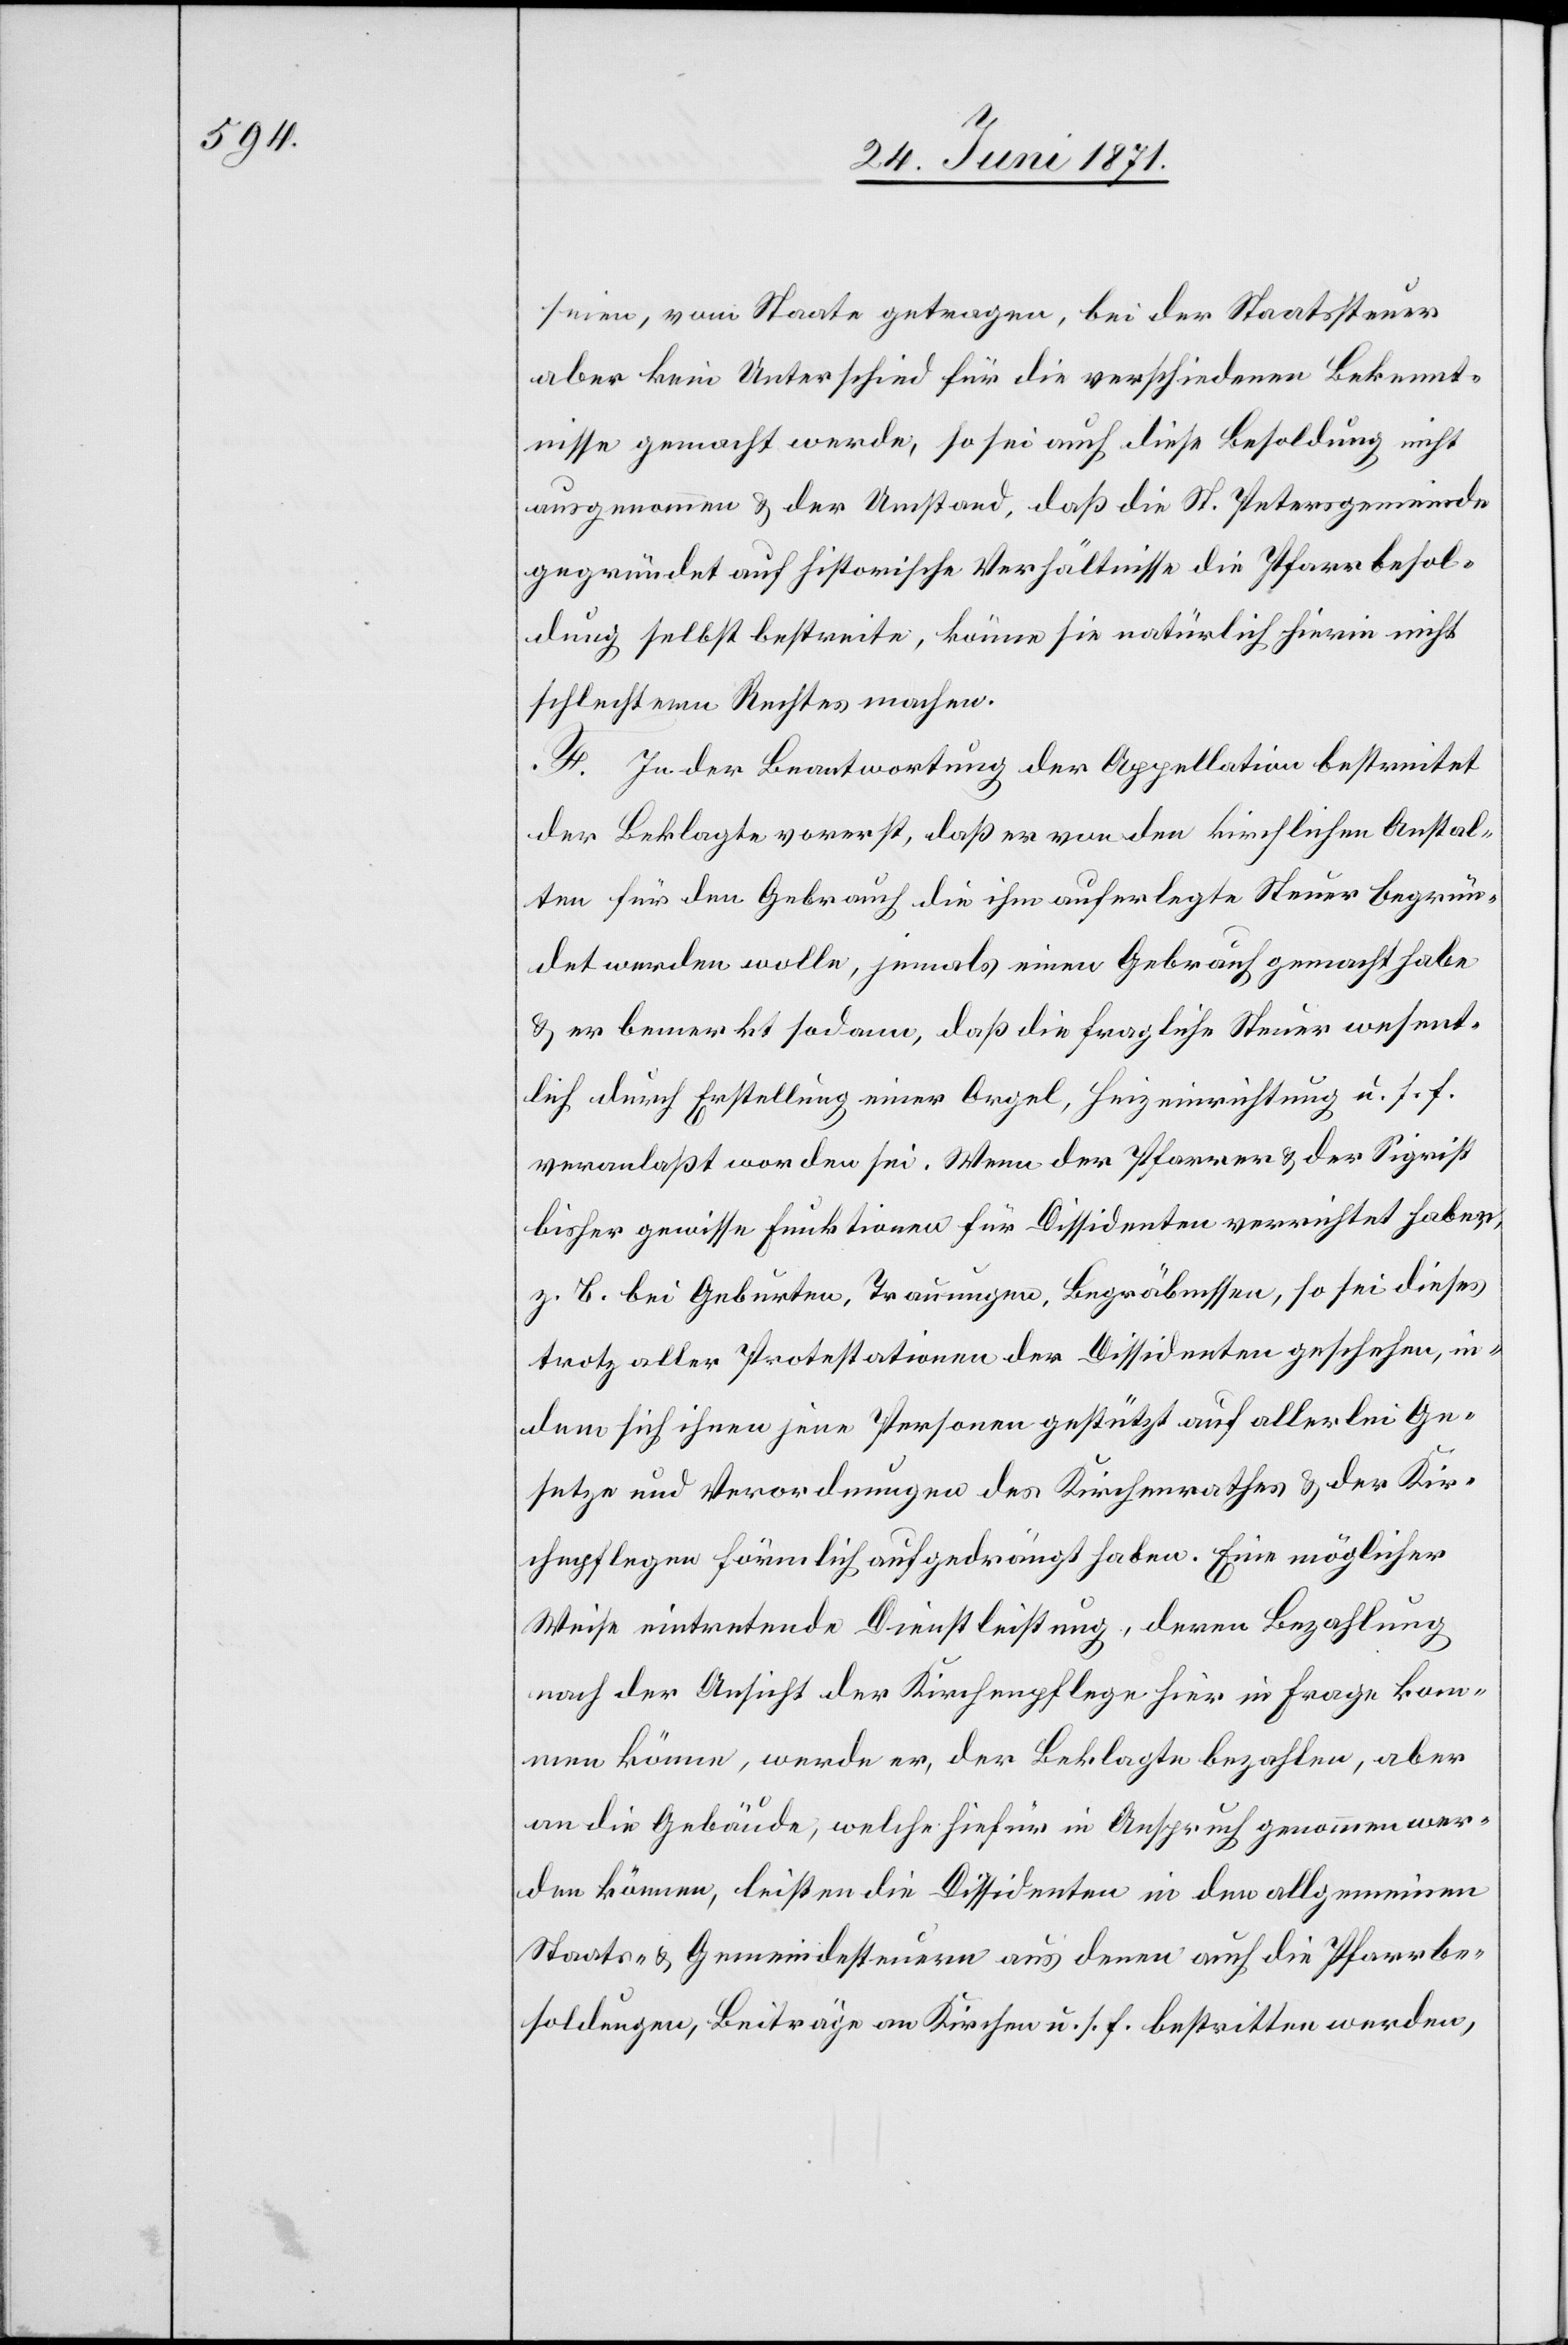
seien, vom Staate getragen, bei der Staatssteuer
aber kein Unterschied für die verschiedenen Bekennt¬
nisse gemacht werde, so sei auch diese Besoldung nicht
ausgenommen u. der Umstand, daß die St. Petersgemeinde
gegründet auf historische Verhältnisse die Pfarrbesol¬
dung selbst bestreite, könne sie natürlich hierin nicht
schlechterm Rechtes machen.
F. In der Beantwortung der Appellation bestreitet
der Beklagte vorerst, daß er von den kirchlichen Anstal¬
ten für den Gebrauch die ihm auferlegte Steuer begrün¬
det werden wolle, jemals einen Gebrauch gemacht habe
u. er bemerkt sodann, daß die fragliche Steuer wesent¬
lich durch Erstellung einer Orgel, Heizeinrichtung u. s. f.
veranlaßt worden sei. Wenn der Pfarrer u. der Sigrist
bisher gewisse Funktionen für Dissidenten verrichtet haben,
z. B. bei Geburten, Trauungen, Begräbnissen, so sei dieses
trotz aller Protestation der Dissidenten geschehen, in¬
dem sich ihnen jene Personen gestützt auf allerlei Ge¬
setze und Verordnungen des Kirchenrathes u. der Kir¬
chenpflegen förmlich aufgedrängt haben. Eine möglicher
Weise eintretende Dienstleistung, deren Bezahlung
nach der Ansicht der Kirchenpflege hier in Frage kom¬
men könne, werde er, der Beklagte bezahlen, aber
an die Gebäude, welche hierfür in Anspruch genommen wer¬
den können, leisten die Dissidenten in den allgemeinen
Staats- u. Gemeindesteuern aus denen auch die Pfarrbe¬
soldungen, Beiträge an Kirchen u. s. f. bestritten werden,